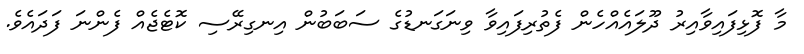
މާ ފޮޅިފައިވާއިރު ދޫލައެއްހެން ފެތުރިފައިވާ ވިނަގަނޑުގެ ސަބަބުން އިނގިރޭސި ކޮޓެޖެއް ފެންނަ ފަދައެވެ.